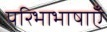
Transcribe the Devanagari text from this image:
परिभाभाषाएँ